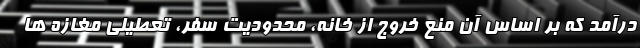
درآمد که بر اساس آن منع خروج از خانه، محدودیت سفر، تعطیلی مغازه ها